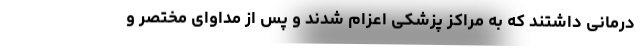
درمانی داشتند که به مراکز پزشکی اعزام شدند و پس از مداوای مختصر ‌و